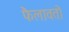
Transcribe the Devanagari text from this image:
फैलावतो